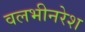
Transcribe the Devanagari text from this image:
वलभीनरेश